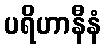
ပရိဟာနီနံ